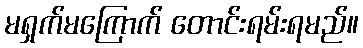
မရှက်မကြောက် တောင်းရမ်းရမည်။